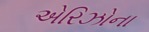
એરિઝોના